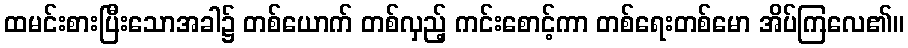
ထမင်းစားပြီးသောအခါ၌ တစ်ယောက် တစ်လှည့် ကင်းစောင့်ကာ တစ်ရေးတစ်မော အိပ်ကြလေ၏။